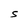
Character: S